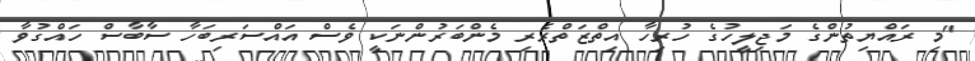
"މި ރައްޔިތުންގެ މަޖިލީހުގެ ހުރިހާ އިތްޒަތްރެރި މެންބަރުންނަކީ ވެސް އައްސަރިބަހާ ސާބާސް ހައްގުވާ